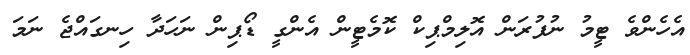
އެހެންވެ ޓީމު ނުފުރަން އޮލިމްޕިކް ކޮމެޓީން އެންގީ ޑޯޕިން ނަހަދާ ހިނގައްޖެ ނަމަ